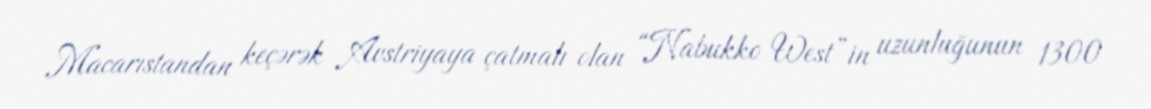
Macarıstandan keçərək Avstriyaya çatmalı olan “Nabukko West”in uzunluğunun 1300